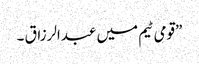
”قومی ٹیم میں عبدالرزاق ۔